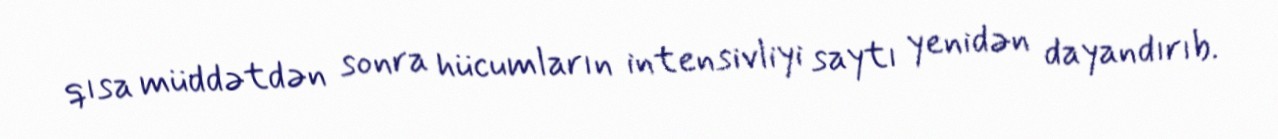
qısa müddətdən sonra hücumların intensivliyi saytı yenidən dayandırıb.